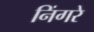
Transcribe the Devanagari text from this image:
निंगरे